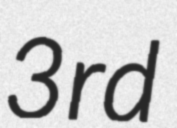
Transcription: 3rd